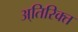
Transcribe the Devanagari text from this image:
अ्तिरिक्त